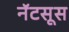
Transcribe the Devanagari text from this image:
नॅटसूस